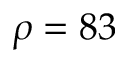
\rho = 8 3